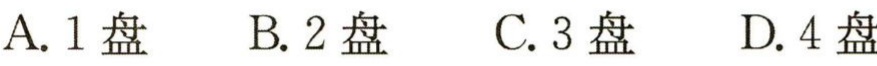
A. 1盘  B. 2盘  C. 3盘  D. 4盘